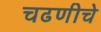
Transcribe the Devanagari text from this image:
चढणीचे